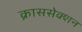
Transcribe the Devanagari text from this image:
क्राससेक्शन